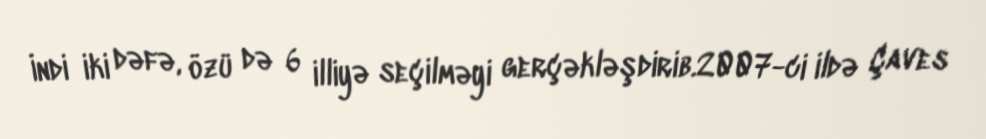
İndi iki dəfə, özü də 6 illiyə seçilməyi gerçəkləşdirib.2007-ci ildə Çaves